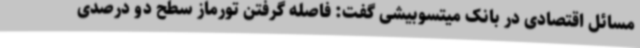
مسائل اقتصادی در بانک میتسوبیشی گفت: فاصله گرفتن تورماز سطح دو درصدی